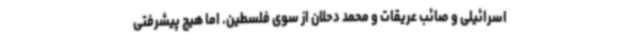
اسرائیلی و صائب عریقات و محمد دحلان از سوی فلسطین. اما هیچ پیشرفتی